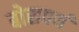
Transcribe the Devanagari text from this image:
बोसवर्थ